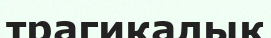
трагикалық